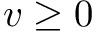
v \geq 0